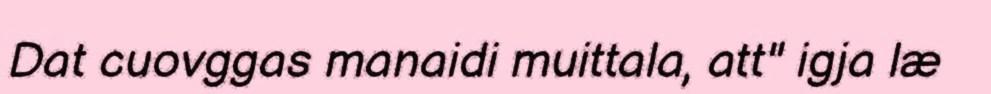
Dat cuovggas manaidi muittala, att" igja læ